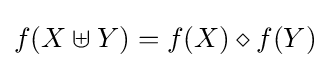
f(X\uplus Y)=f(X)\diamond f(Y)